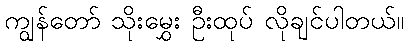
ကျွန်တော် သိုးမွှေး ဦးထုပ် လိုချင်ပါတယ်။